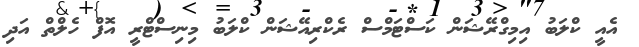
އެއީ ކްލަބު އިމިގްރޭޝަން ކަސްޓަމްސް ރެކްރިއޭޝަން ކްލަބު މިނިސްޓްރީ އޮފް ހެލްތް އަދި